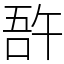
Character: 𠵦